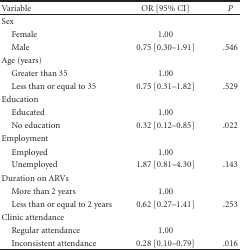
<table><thead><tr><td><b>Variable</b></td><td><b>OR [95% CI]</b></td><td><b><i>P</i></b></td></tr></thead><tbody><tr><td>Sex</td><td></td><td></td></tr><tr><td> Female</td><td>1.00</td><td></td></tr><tr><td> Male</td><td>0.75 [0.30–1.91]</td><td>.546</td></tr><tr><td>Age (years)</td><td></td><td></td></tr><tr><td> Greater than 35</td><td>1.00</td><td></td></tr><tr><td> Less than or equal to 35</td><td>0.75 [0.31–1.82]</td><td>.529</td></tr><tr><td>Education</td><td></td><td></td></tr><tr><td> Educated</td><td>1.00</td><td></td></tr><tr><td> No education</td><td>0.32 [0.12–0.85]</td><td>.022</td></tr><tr><td>Employment</td><td></td><td></td></tr><tr><td> Employed</td><td>1.00</td><td></td></tr><tr><td> Unemployed</td><td>1.87 [0.81–4.30]</td><td>.143</td></tr><tr><td>Duration on ARVs</td><td></td><td></td></tr><tr><td> More than 2 years</td><td>1.00</td><td></td></tr><tr><td> Less than or equal to 2 years</td><td>0.62 [0.27–1.41]</td><td>.253</td></tr><tr><td>Clinic attendance</td><td></td><td></td></tr><tr><td> Regular attendance</td><td>1.00</td><td></td></tr><tr><td> Inconsistent attendance</td><td>0.28 [0.10–0.79]</td><td>.016</td></tr></tbody></table>